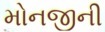
મોનજીની